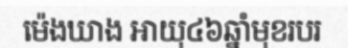
ម៉េងឃាង អាយុ៤៦ឆ្នាំមុខរបរ